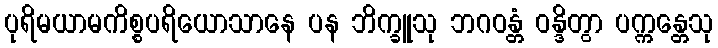
ပုရိမယာမကိစ္စပရိယောသာနေ ပန ဘိက္ခူသု ဘဂဝန္တံ ဝန္ဒိတွာ ပက္ကန္တေသု